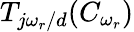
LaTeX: T_{j\omega_{r}/d}(C_{\omega_{r}})